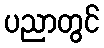
ပညာတွင်